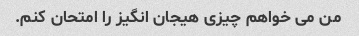
من می خواهم چیزی هیجان انگیز را امتحان کنم.